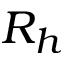
R _ { h }